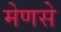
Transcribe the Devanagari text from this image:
मेणसे